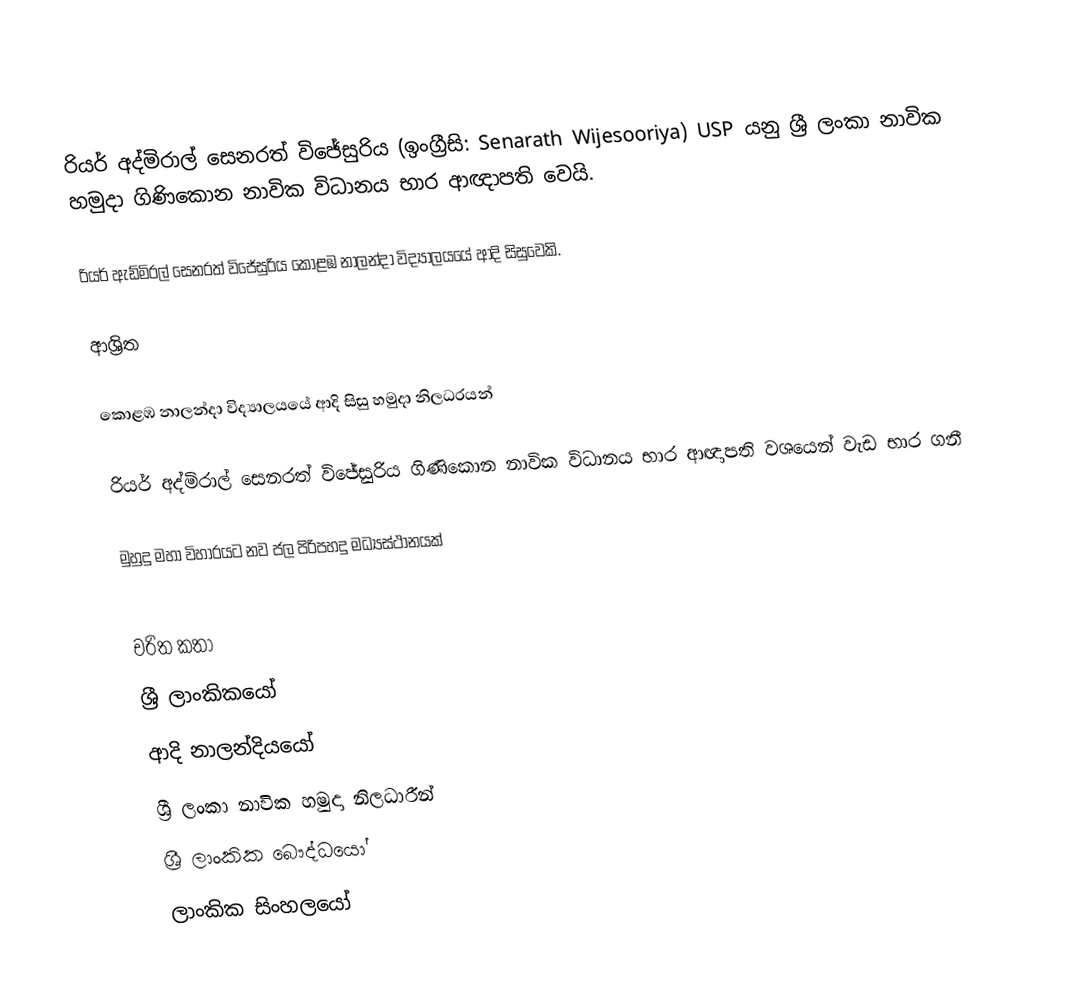
රියර් අද්මිරාල් සෙනරත් විජේසුරිය (ඉංග්‍රීසි:  Senarath Wijesooriya) USP යනු  ශ්‍රී ලංකා නාවික හමුදා ගිණිකොන නාවික විධානය භාර ආඥාපති වෙයි.

රියර් ඇඩ්මිරල් සෙනරත් විජේසුරිය  කොළඹ නාලන්දා විද්‍යාලයයේ ආදි සිසුවෙකි.

ආශ්‍රිත

 කොළඹ නාලන්දා විද්‍යාලයයේ ආදි සිසු හමුදා නිලධරයන්

 රියර් අද්මිරාල් සෙනරත් විජේසුරිය ගිණිකොන නාවික විධානය භාර ආඥාපති වශයෙන් වැඩ භාර ගනී

 මුහුදු මහා විහාරයට නව ජල පිරිපහදු මධ්‍යස්ථානයක්

චරිත කතා
ශ්‍රී ලාංකිකයෝ
ආදි නාලන්දියයෝ
ශ්‍රී ලංකා නාවික හමුදා නිලධාරීන්
ශ්‍රී ලාංකික බෞද්ධයෝ
ලාංකික සිංහලයෝ